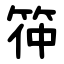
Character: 筗